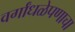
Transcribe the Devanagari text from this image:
वर्गांधळेपणाचा